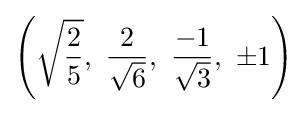
\left({\sqrt {\frac {2}{5}}},\ {\frac {2}{\sqrt {6}}},\ {\frac {-1}{\sqrt {3}}},\ \pm 1\right)